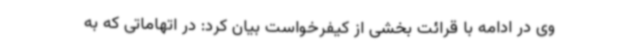
وی در ادامه با قرائت بخشی از کیفرخواست بیان کرد: در اتهاماتی که به